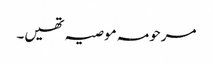
مرحومہ موصیہ تھیں۔